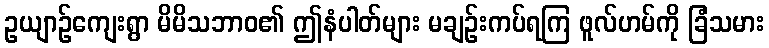
ဥယျာဉ်ကျေးရွာ မိမိသဘာဝ၏ ဤနံပါတ်များ မချဉ်းကပ်ရကြ ဖူလ်ဟမ်ကို ခြံသမား